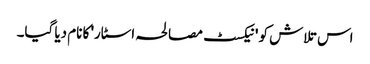
اس تلاش کو 'نیکسٹ مصالحہ اسٹار' کا نام دیا گیا۔